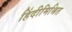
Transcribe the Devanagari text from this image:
हिंदीमिश्रित